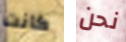
كانت نحن